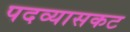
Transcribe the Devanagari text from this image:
पदव्यासकट